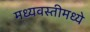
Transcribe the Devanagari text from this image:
मध्यवस्तीमध्ये